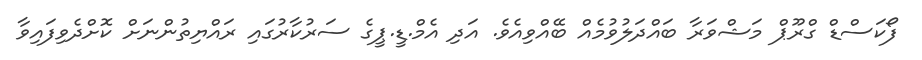
ފޯކަސްޑް ގްރޫޕް މަޝްވަރާ ބައްދަލުވުމެއް ބޭއްވިއެވެ. އަދި އެމް.ޑީ.ޕީގެ ސަރުކާރުގައި ރައްޔިތުންނަށް ކޮށްދެވިފައިވާ